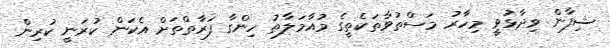
ޝިފާން ވިދާޅުވީ މިހާރު މަސްތުވާތަކެތީގެ މުއާމަލާތު ހިންގާ ފަރާތްތަށް އެކަން ކުރަނީ ކުރިން